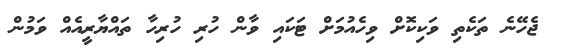
ޖެހޭނެ ތަކެތި ވަކިކޮށް ވިހެއުމަށް ޓަކައި ވާން ހުރި ހުރިހާ ތައްޔާރީއެއް ވަމުން